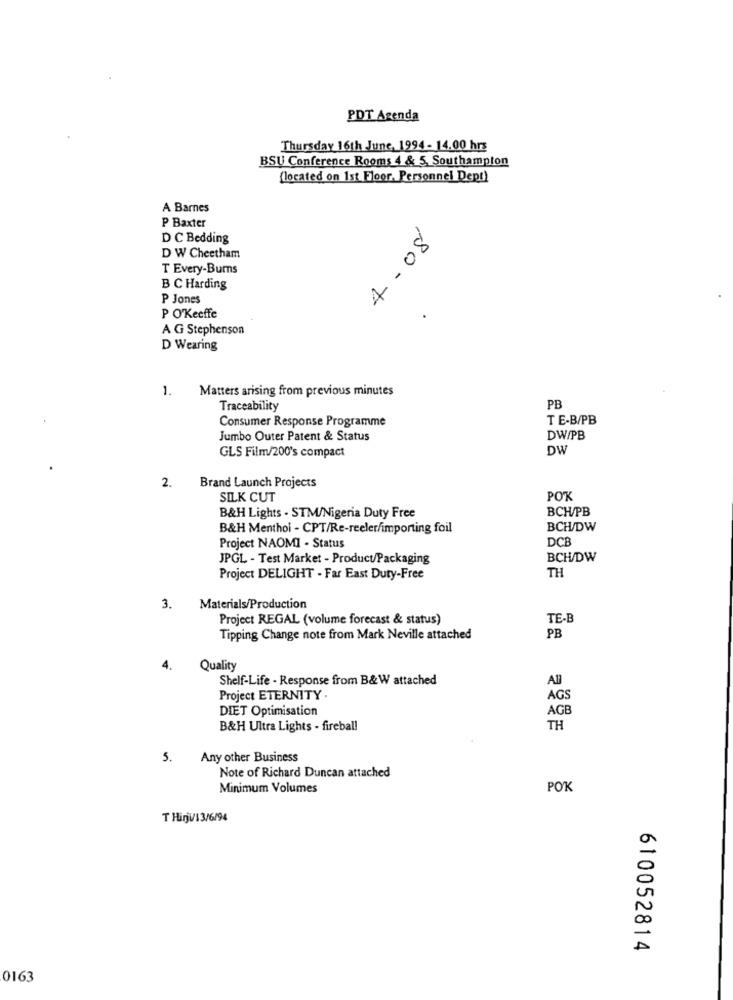
PDT Agenda
Thursday 16th June, 1994 - 14.00 hrs
BSU Conference Rooms 4 & 5. Southampton
(located on 1st Floor, Personnel Dept)
A Barnes
P Baxter
D C Bedding
4- 08
D W Cheetham
T Every-Bums
B C Harding
P Jones
P O'keeffe
A G Stephenson
D Wearing
1.
Matters arising from previous minutes
Traceability
PB
Consumer Response Programme
TE-B/PB
Jumbo Outer Patent & Status
DW/PB
GLS Film/200's compact
DW
2.
Brand Launch Projects
SILK CUT
POK
BCH/PB
B&H Lights - STM/Nigeria Duty Free
B&H Menthol - CPT/Re-reeler/importing foil
BCH/DW
DCB
Project NAOMI - Status
JPGL - Test Market - Product/Packaging
BCH/DW
TH
Project DELIGHT - Far East Duty-Free
3. Materials/Production
Project REGAL (volume forecast & status)
TE-B
PB
Tipping Change note from Mark Neville attached
4.
Quality
Shelf-Life . Response from B&W attached
Project ETERNITY .
AGS
DIET Optimisation
AGB
B&H Ultra Lights - fireball
TH
5.
Any other Business
Note of Richard Duncan attached
Minimum Volumes
POK
T Hirji/1 3/6/94
610052814
0163